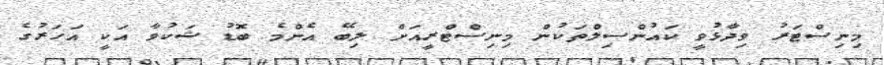
މިނިސްޓަރު ވިދާޅުވީ ކައުންސިލްތަކުން މިނިސްޓްރީއަށް ލިބޭ އެންމެ ބޮޑު ޝަކުވާ އަކީ އަހަރުގެ